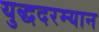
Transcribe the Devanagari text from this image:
युद्धदरम्यान